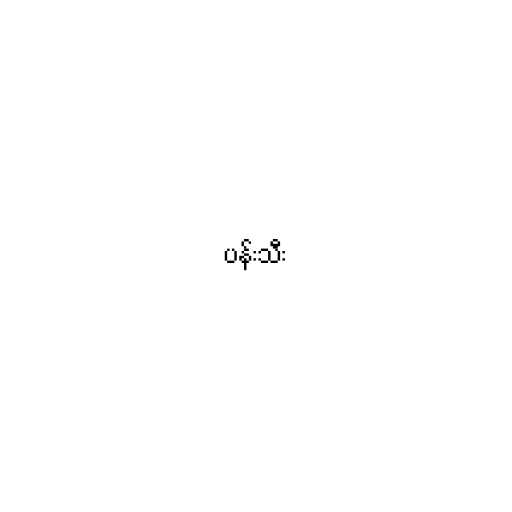
ပန်းသီး